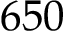
6 5 0